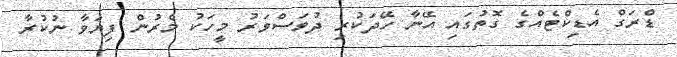
ޑްރަގް އެޑިކްޓެއްގެ ގޮތުގައި އޭނާ ހޭދަކުރި ދުވަސްވަރު މީހަކު މެރުން ފިޔަވާ ނުކުރާ